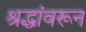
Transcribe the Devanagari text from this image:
श्रद्धांवरून